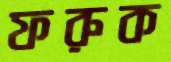
ফরুক